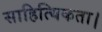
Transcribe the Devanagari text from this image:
साहित्यिकता।